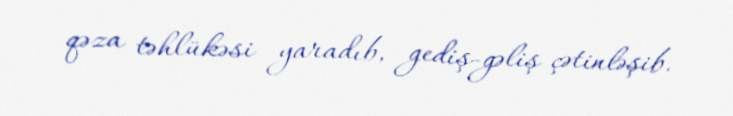
qəza təhlükəsi yaradıb, gediş-gəliş çətinləşib.